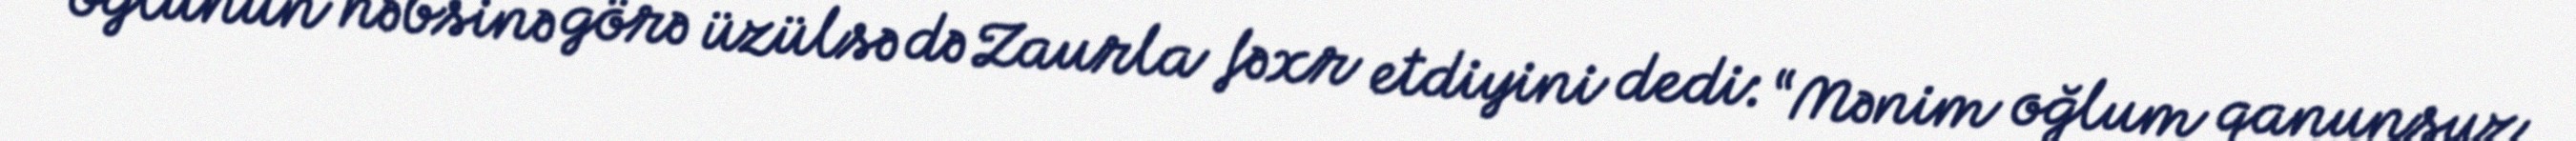
oğlunun həbsinə görə üzülsə də Zaurla fəxr etdiyini dedi: “Mənim oğlum qanunsuz